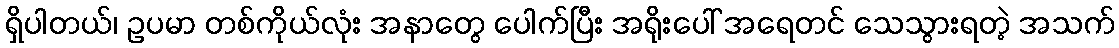
ရှိပါတယ်၊ ဥပမာ တစ်ကိုယ်လုံး အနာတွေ ပေါက်ပြီး အရိုးပေါ် အရေတင် သေသွားရတဲ့ အသက်